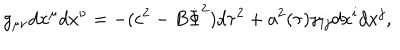
g _ { \mu \nu } d x ^ { \mu } d x ^ { \nu } = - ( c ^ { 2 } - B \dot { \Phi } ^ { 2 } ) d \tau ^ { 2 } + a ^ { 2 } ( \tau ) \gamma _ { i j } d x ^ { i } d x ^ { j } ,